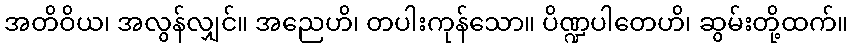
အတိဝိယ၊ အလွန်လျှင်။ အညေဟိ၊ တပါးကုန်သော။ ပိဏ္ဍပါတေဟိ၊ ဆွမ်းတို့ထက်။